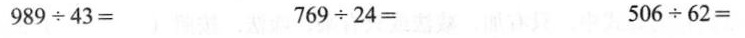
$$9 8 9 \div 4 3 =$$ $$7 6 9 \div 2 4 =$$ $$5 0 6 \div 6 2 =$$